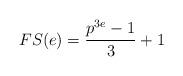
LaTeX: \begin{align*}FS(e) = \frac{p^{3e}-1}{3} + 1 \end{align*}